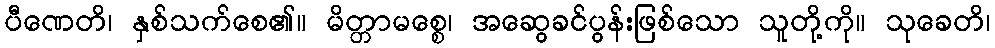
ပီဏေတိ၊ နှစ်သက်စေ၏။ မိတ္တာမစ္စေ၊ အဆွေခင်ပွန်းဖြစ်သော သူတို့ကို။ သုခေတိ၊